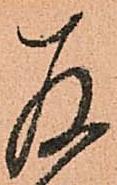
存